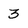
Character: 3